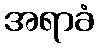
အရာခံ